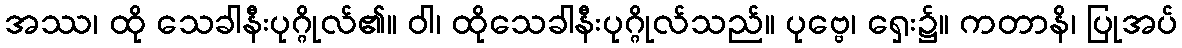
အဿ၊ ထို သေခါနီးပုဂ္ဂိုလ်၏။ ဝါ၊ ထိုသေခါနီးပုဂ္ဂိုလ်သည်။ ပုဗ္ဗေ၊ ရှေး၌။ ကတာနိ၊ ပြုအပ်